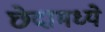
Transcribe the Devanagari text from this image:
छेदामध्ये